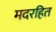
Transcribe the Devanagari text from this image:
मदरहित